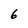
Character: 6